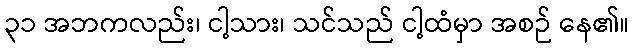
၃၁ အဘကလည်း၊ ငါ့သား၊ သင်သည် ငါ့ထံမှာ အစဉ် နေ၏။